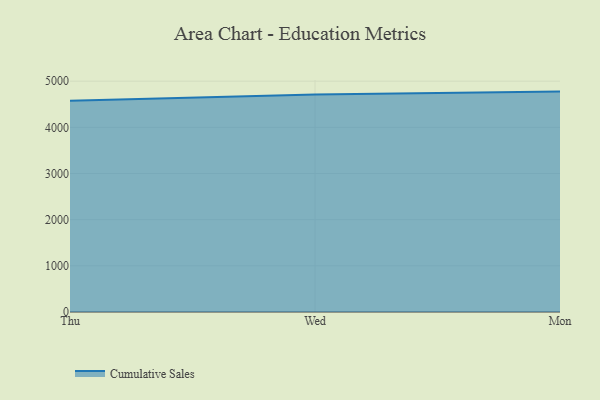
{"axis": {"x": "Day", "y": "Satisfaction Score"}, "legend": ["Cumulative Sales"], "data": [{"x": "Thu", "y": 4574.0, "type": "Cumulative Sales"}, {"x": "Wed", "y": 4710.5, "type": "Cumulative Sales"}, {"x": "Mon", "y": 4774.6, "type": "Cumulative Sales"}]}